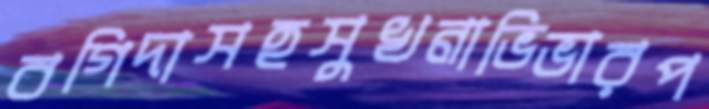
বগিদাসহসুখনাভিভারপ